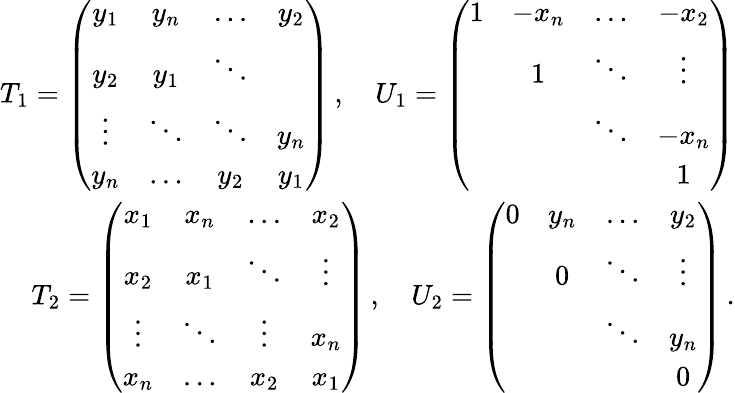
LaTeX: \begin{array}{r}{T_{1}=\left(\begin{array}{cccc}{y_{1}}&{y_{n}}&{\ldots}&{y_{2}}\\ {y_{2}}&{y_{1}}&{\ddots}&\\ {\vdots}&{\ddots}&{\ddots}&{y_{n}}\\ {y_{n}}&{\ldots}&{y_{2}}&{y_{1}}\end{array}\right)\, ,\quad U_{1}=\left(\begin{array}{cccc}{1}&{-x_{n}}&{\ldots}&{-x_{2}}\\ &{1}&{\ddots}&{\vdots}\\ &&{\ddots}&{-x_{n}}\\ &&&{1}\end{array}\right)}\\ {T_{2}=\left(\begin{array}{cccc}{x_{1}}&{x_{n}}&{\ldots}&{x_{2}}\\ {x_{2}}&{x_{1}}&{\ddots}&{\vdots}\\ {\vdots}&{\ddots}&{\vdots}&{x_{n}}\\ {x_{n}}&{\ldots}&{x_{2}}&{x_{1}}\end{array}\right)\, ,\quad U_{2}=\left(\begin{array}{cccc}{0}&{y_{n}}&{\ldots}&{y_{2}}\\ &{0}&{\ddots}&{\vdots}\\ &&{\ddots}&{y_{n}}\\ &&&{0}\end{array}\right)\, .}\end{array}